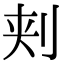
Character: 刾